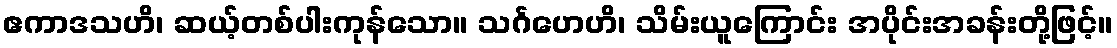
ဧကာဒသဟိ၊ ဆယ့်တစ်ပါးကုန်သော။ သင်္ဂဟေဟိ၊ သိမ်းယူကြောင်း အပိုင်းအခန်းတို့ဖြင့်။